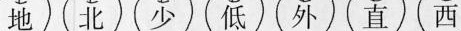
地 北 少低 外 直 西